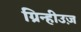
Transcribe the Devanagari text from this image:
ग्रिन्हीउज़